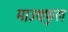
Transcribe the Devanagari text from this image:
माउथफुल